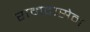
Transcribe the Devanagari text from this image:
रामदासेन